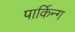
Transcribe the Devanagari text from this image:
पार्किन्ग